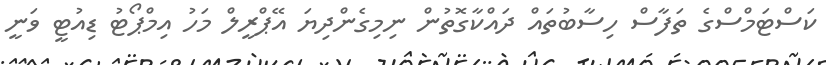
ކަސްޓަމްސްގެ ތަފާސް ހިސާބުތައް ދައްކާގޮތުން ނިމިގެންދިޔަ އޭޕްރީލް މަހު އިމްޕޯޓު ޑިއުޓީ ވަނީ